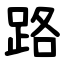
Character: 路